Lunatic asylums Madras 1892-1911 - 1892-1911
Year: 1892
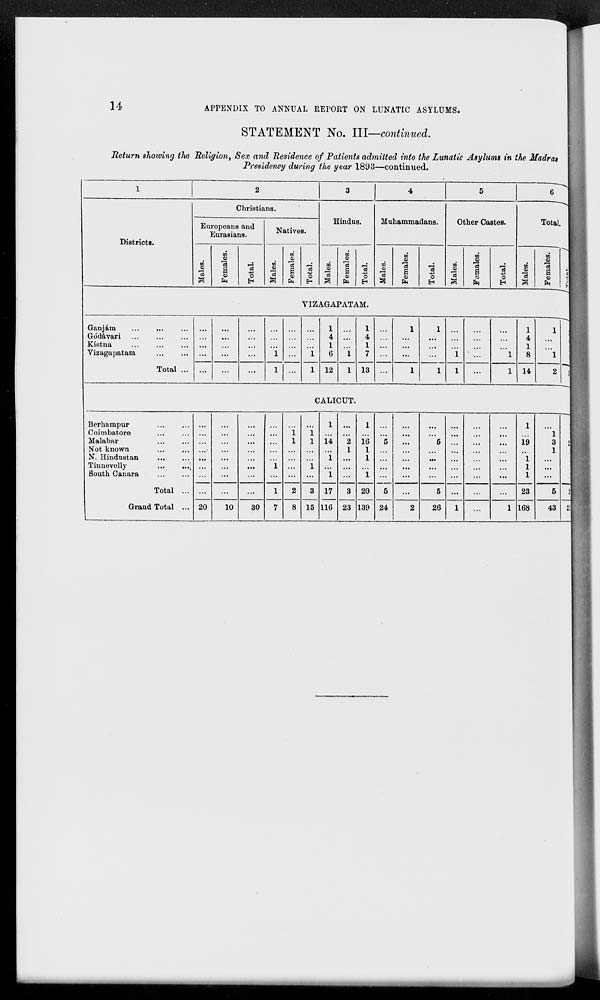
14
APPENDIX TO ANNUAL REPORT ON LUNATIC ASYLUMS.
STATEMENT No. III—continued.
Return showing the Religion, Sex and Residence of Patients admitted into the Lunatic Asylums in the Madras
Presidency during the year 1893—continued.
1
Districts.
2
Christians.
Europeans and
Eurasians.
Males.
Females.
Total.
Natives.
Males.
Females.
Total.
3
Hindus.
Males.
Females.
Total.
4
Muhammadans.
Males.
Females.
Total.
5
Other Castes.
Males.
Females.
Total.
6
Total.
Males.
Females.
Total.
VIZAGAPATAM.
Ganjám ... ... ...
Gódávari ... ... ...
Kistna ... ... ...
Vizagapatam ... ...
Total ...
...
...
...
...
...
...
...
...
...
...
...
...
...
...
...
...
...
...
1
1
...
...
...
...
...
...
...
...
1
1
1
4
1
6
12
...
...
...
1
1
1
4
1
7
13
...
...
...
...
...
1
...
...
...
1
1
...
...
...
1
...
...
...
1
1
...
...
...
...
...
...
...
...
1
1
1
4
1
8
14
1
...
...
1
2
CALICUT.
Berhampur ... ...
Coimbatore ... ...
Malabar ... ...
Not known ... ...
N. Hindustan ... ...
Tinnevelly
...
...
South Canara ... ...
Total ...
Grand Total ...
...
...
...
...
...
...
...
...
20
...
...
...
...
...
...
...
...
10
...
...
...
...
...
...
...
...
30
...
...
...
...
...
1
...
1
7
...
...
1
...
...
...
...
2
8
...
1 1
...
...
1
...
3
15
1
...
14
...
1
...
1
17
116
...
...
2
1
...
...
...
3
23
1
...
16
1
1
...
1
20
139
...
...
5
...
...
...
...
5
24
...
...
...
...
...
...
...
...
2
...
...
5
...
...
...
...
5
26
...
...
...
...
...
...
...
...
1
...
...
...
...
...
...
...
...
...
...
...
...
...
...
...
...
...
1
1
...
19
...
1
1
1
23
168
...
1
3
1
...
...
...
5
43
22
28
211